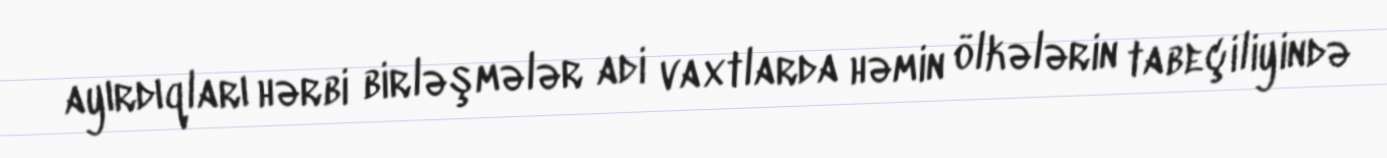
ayırdıqları hərbi birləşmələr adi vaxtlarda həmin ölkələrin tabeçiliyində